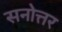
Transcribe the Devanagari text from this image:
सनोत्तर